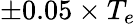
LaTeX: \pm 0.05\times T_{e}